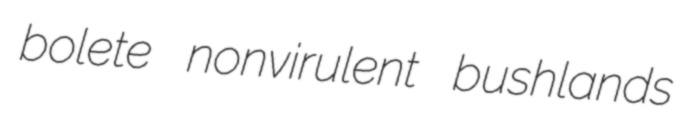
bolete nonvirulent bushlands